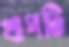
খাপটি